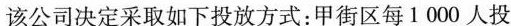
该公司决定采取如下投放方式：甲街区每1000人投